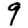
Digit: 9